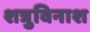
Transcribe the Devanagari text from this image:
शत्रुविनाश